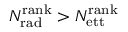
N _ { \mathrm { r a d } } ^ { \mathrm { r a n k } } > N _ { \mathrm { e t t } } ^ { \mathrm { r a n k } }